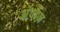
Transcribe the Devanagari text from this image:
अंदोज़